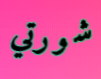
شورتي